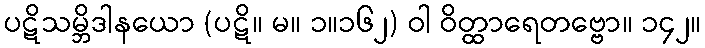
ပဋိသမ္ဘိဒါနယော (ပဋိ။ မ။ ၁။၁၆၂) ဝါ ဝိတ္ထာရေတဗ္ဗော။ ၁၄၂။